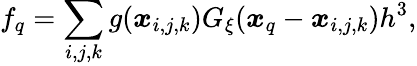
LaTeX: f_{q}=\sum_{i,j,k}g(\boldsymbol x_{i,j,k})G_{\xi}(\boldsymbol x_{q}-\boldsymbol x_{i,j,k})h^{3},